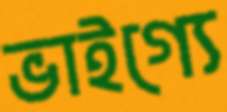
ভাইগ্যে